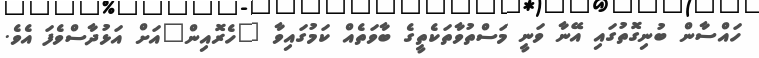
ހައްސާން ބުނިގޮތުގައި އޭނާ ވަނީ މަސްތުވާތަކެތީގެ ބާވަތެއް ކަމުގައިވާ "ހެރޮއިން"އަށް އަޅުދާސްވެފަ އެވެ.